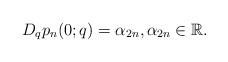
LaTeX: \begin{align*}D_{q} p_n(0;q)= \alpha_{2n}, \alpha_{2n} \in \mathbb{R}.\end{align*}